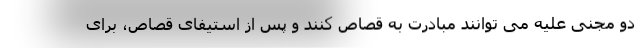
دو مجنی علیه می توانند مبادرت به قصاص کنند و پس از استیفای قصاص، برای